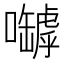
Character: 嚹